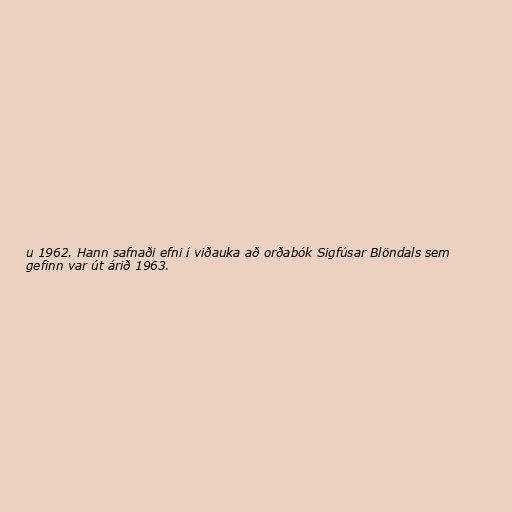
u 1962. Hann safnaði efni í viðauka að orðabók Sigfúsar Blöndals sem
gefinn var út árið 1963.